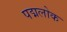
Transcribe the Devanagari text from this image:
पद्मलोक